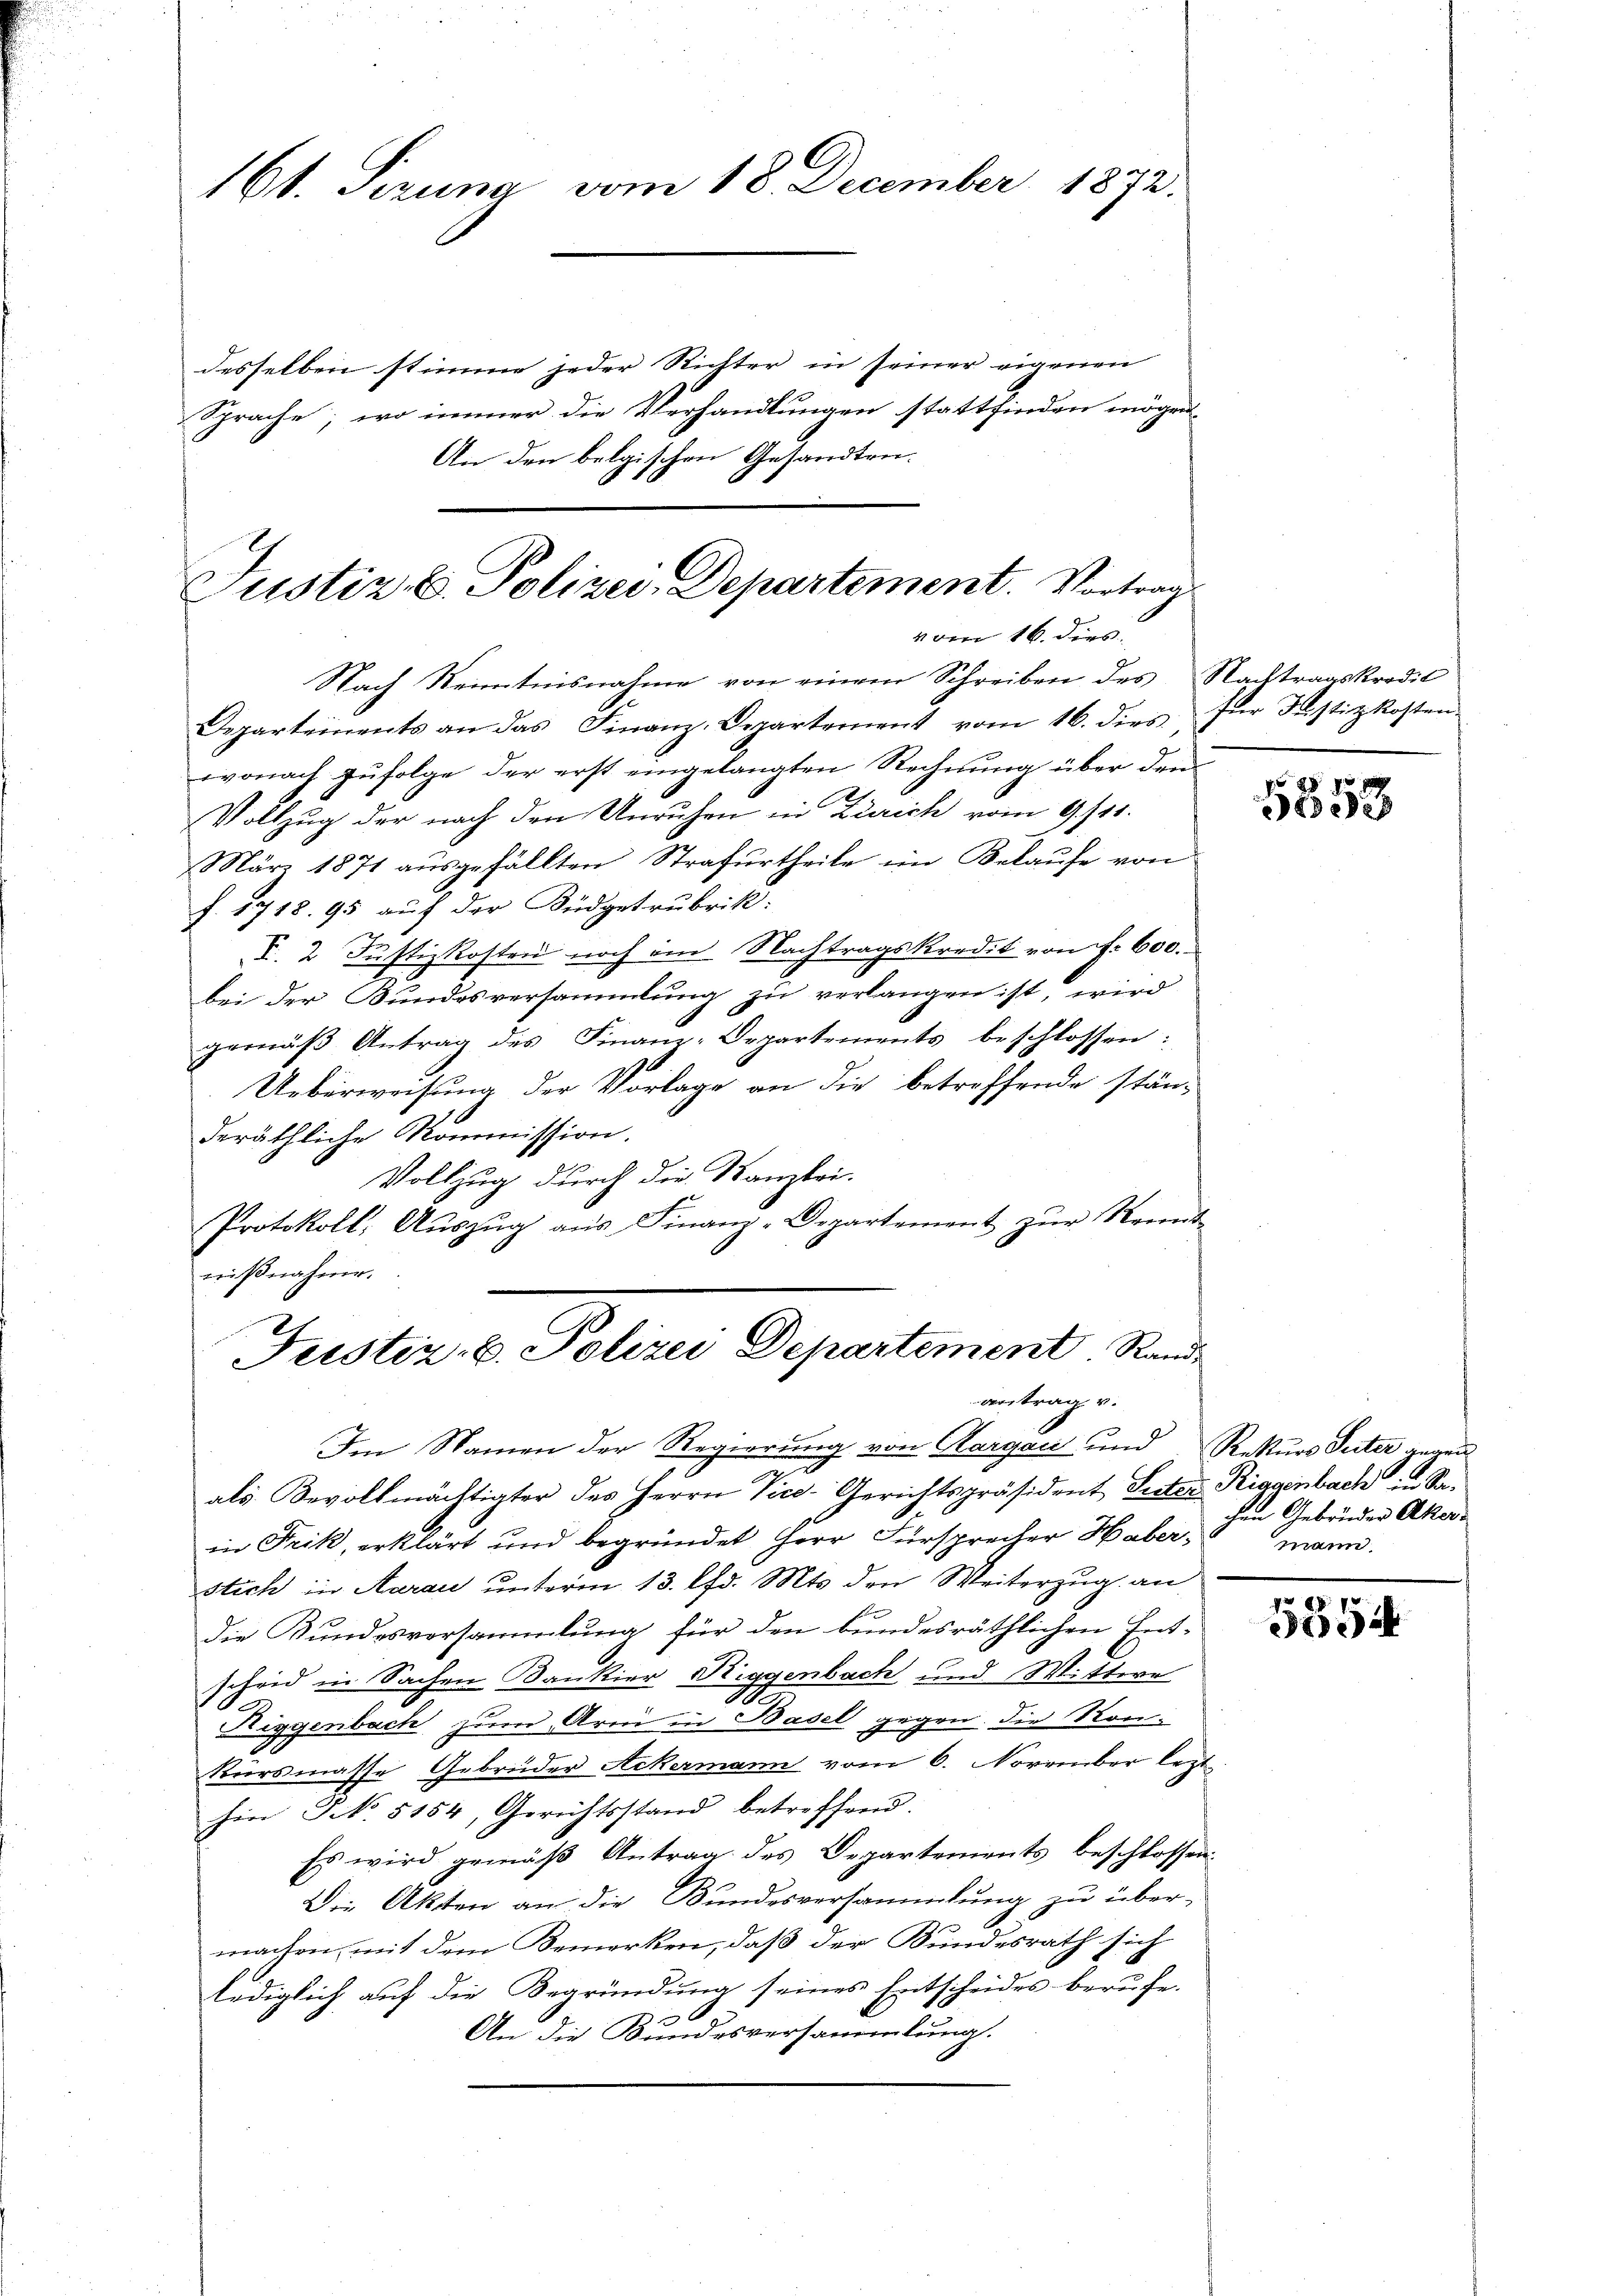
vom 16. ders

desselben stimme jeder Richter in seiner eigenen
Sprache; wo immer die Verhandlungen stattfinden mögen
An den belgischen Gesandten.
Justiz- C. Polizei Departement. Vortrag

161. Pezuna vom 18. December 1872.

Nach Kenntnisnahme von einem Schreiben des Nachtragskredit
Departements an das Finanz-Departement vom 16. dies für Justizkosten.
wonach zufolge der erst eingelangten Rechnung über den
Vollzug der nach den Unruhen in Zürich vom 9./21.
März 1871 aŭsgefällten Strafurtheile im Belaŭfe von
f. 1718. 95 auf der Büdgetrubrik.
I. 2 Justizkosten noch im Nachtragskredit von f. 600.
bei der Bundesversammlung zu verlangen ist, wird
gemäβ Antrag des Finanz-Departements beschlossen:
Ueberweisung der Vorlage an die betreffende stän-
deräthliche Kommission.
Vollzug durch die Kanzlei-
Protokoll: Aŭszŭg aŭs Finanz-Departement zŭr Kennt-
nißnahme.
Im Namen der Regierung von Aargau und Rekurs Peter gegen
als Bevollmächtigter des Herrn Vice-Gerichtspräsident Suster Riggenbach in Sain Frik, erklärt und begründet Herr Fürsprecher Haberstich in Aarau unterm 13. d. Mts. den Weiterzug an
Die Kundesvorsammlung für den bundesräthlichen Entscheid in Sachen Bankier Riggenbach und Wittwe
Riggenbach zum Arm in Basel gegen die Konkursmasse Gebrüder Ackermann vom 6. November lezt
hin NNo. 5154, Gerichtsstand betreffend.
Es wird gemäß Antrag des Departements beschlossen:
Die Akten an die Bundesversammlung zu über-
A
machen, mit dem Bemerken, daß der Bundesrath sich
lediglich auf die Begründung seines Entscheides berufe.
An die Bundesversammlung.

Justiz- C. Polizei Departement Rand
antrag v.

88
79
d.28

chen Gebrüder Aker-
mann.

5854